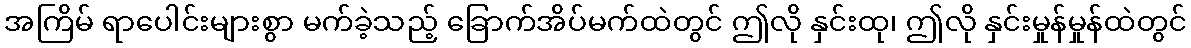
အကြိမ် ရာပေါင်းများစွာ မက်ခဲ့သည့် ခြောက်အိပ်မက်ထဲတွင် ဤလို နှင်းထု၊ ဤလို နှင်းမှုန်မှုန်ထဲတွင်